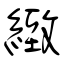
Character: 緻